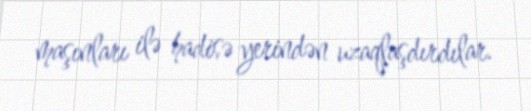
maşınları ilə hadisə yerindən uzaqlaşdırdılar.